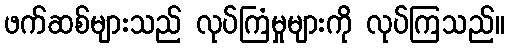
ဖက်ဆစ်များသည် လုပ်ကြံမှုများကို လုပ်ကြသည်။